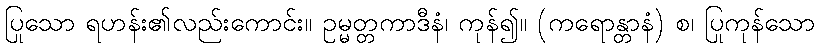
ပြုသော ရဟန်း၏လည်းကောင်း။ ဥမ္မတ္တကာဒီနံ၊ ကုန်၍။ (ကရောန္တာနံ) စ၊ ပြုကုန်သော